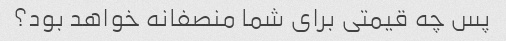
پس چه قیمتی برای شما منصفانه خواهد بود؟